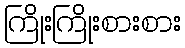
ကြိုးကြိုးစားစား